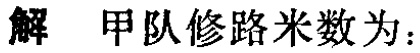
解 甲队修路米数为：